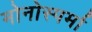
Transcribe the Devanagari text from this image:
मोनोस्पर्मा